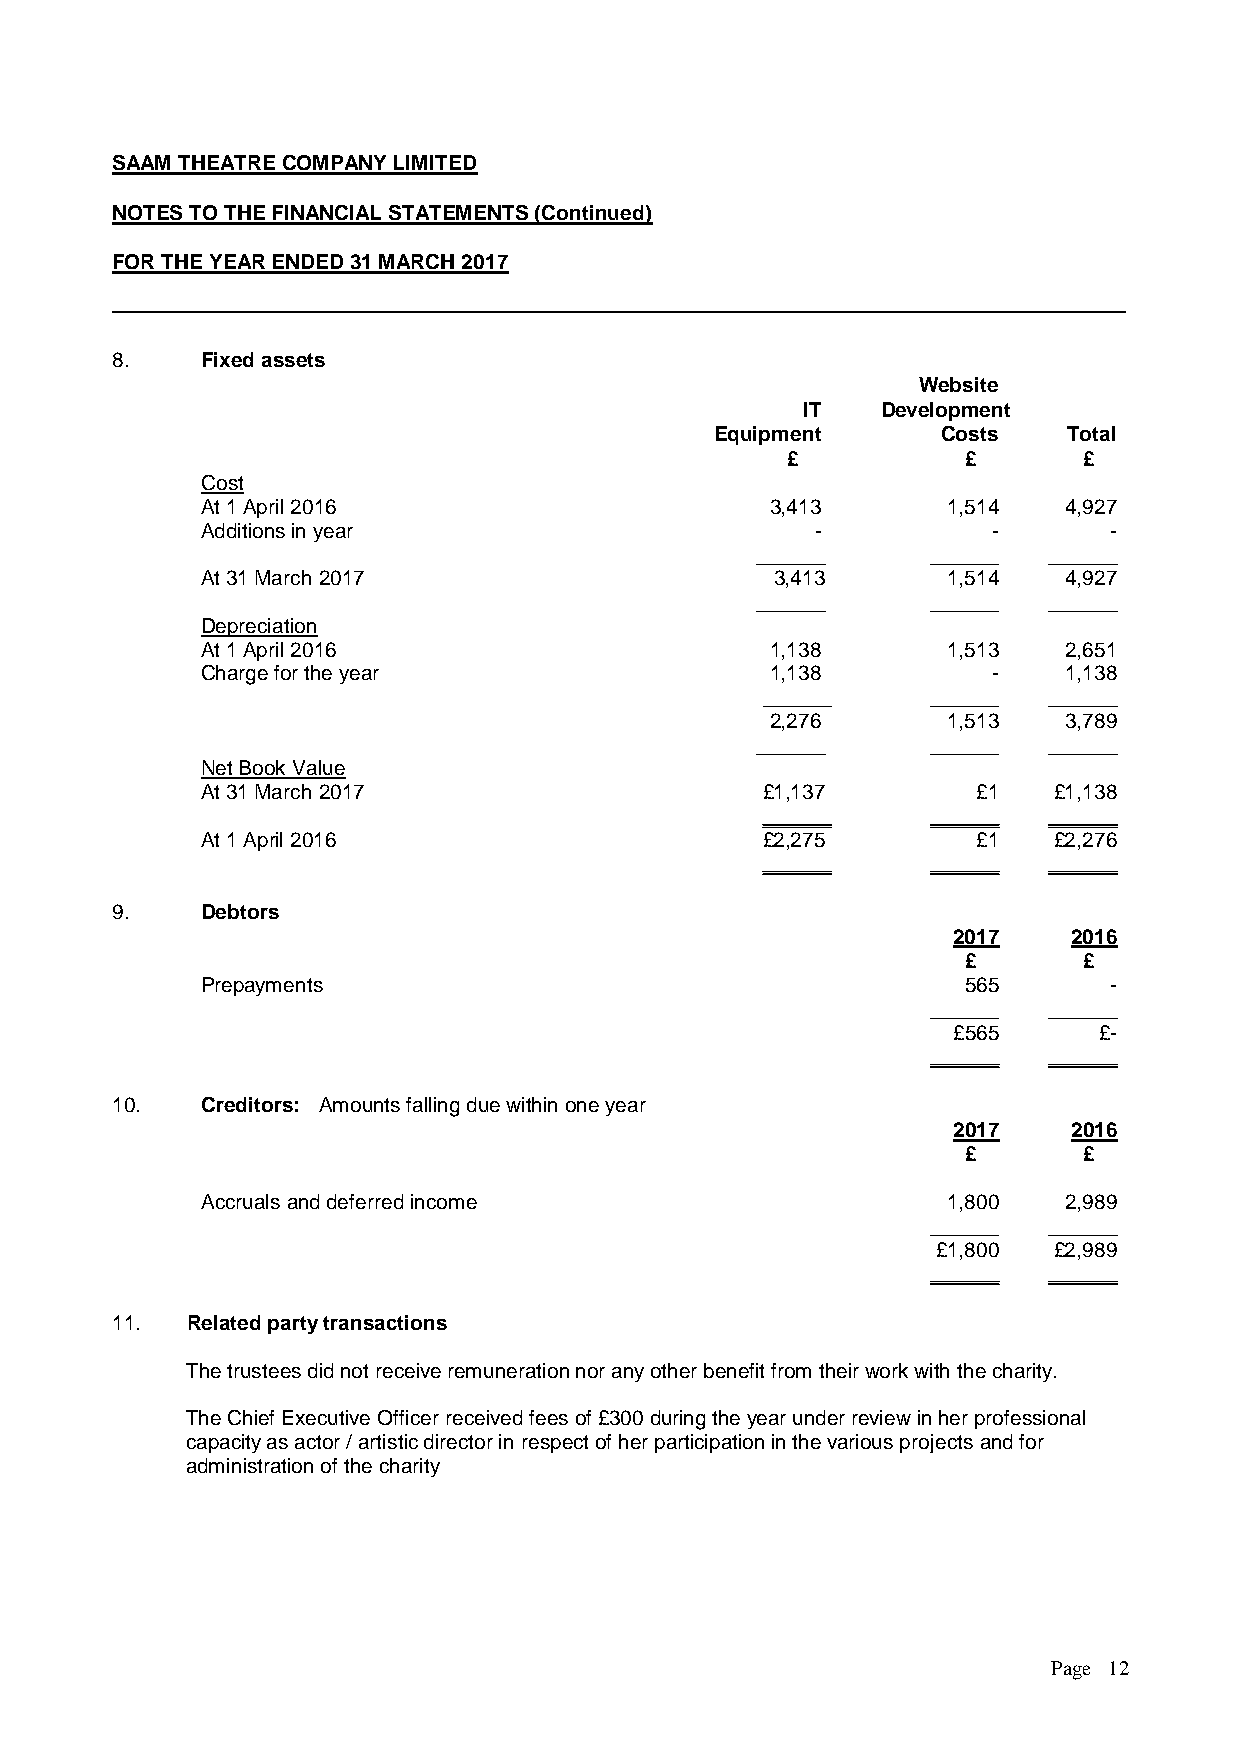
SAAM THEATRE COMPANY LIMITED
 NOTES TO THE FINANCIAL STATEMENTS (Continued)
 FOR THE YEAR ENDED 31 MARCH 2017
 8.    Fixed assets
 Website
 IT   Development
 Equipment      Costs    Total
 £           £       £
 Cost
 At 1 April 2016                       3,413       1,514  4,927
 Additions in year                        -           -      -
 ______      ______ ______
 At 31 March 2017                      3,413       1,514  4,927
 ______      ______ ______
 Depreciation
 At 1 April 2016                       1,138       1,513  2,651
 Charge for the year                   1,138          -   1,138
 ______      ______ ______
 2,276       1,513  3,789
 ______      ______ ______
 Net Book Value
 At 31 March 2017                     £1,137         £1   £1,138
 ______      ______ ______
 At 1 April 2016                      £2,275         £1   £2,276
 ______      ______ ______
 9.    Debtors
 2017    2016
 £       £
 Prepayments                                        565      -
 ______ ______
 £565      £-
 ______ ______
 10.   Creditors: Amounts falling due within one year
 2017    2016
 £       £
 Accruals and deferred income                      1,800  2,989
 ______ ______
 £1,800  £2,989
 ______ ______
 11.  Related party transactions
 The trustees did not receive remuneration nor any other benefit from their work with the charity.
 The Chief Executive Officer received fees of £300 during the year under review in her professional
 capacity as actor / artistic director in respect of her participation in the various projects and for
 administration of the charity
 Page 12